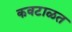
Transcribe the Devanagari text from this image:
कवटाळत